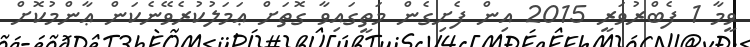
ވީމާ 1 ފެބްރުވަރީ 2015 އިން ފެށިގެން މަތީގައިވާ ގޮތަށް ޢަމަލުކުރެވޭނެކަން ޢާންމުކޮށް